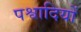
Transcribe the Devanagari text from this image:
पश्वादियों